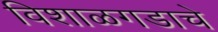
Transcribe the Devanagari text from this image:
विशाळगडाचे